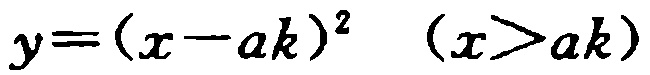
\(y=(x - ak)^2\quad (x>ak)\)